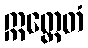
ဣတ္ထေတံ